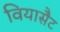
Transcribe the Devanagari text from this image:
वियासैट